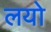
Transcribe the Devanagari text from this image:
लयो